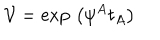
\mathcal { V } = \exp \, \left( \psi ^ { A } t _ { A } \right)